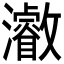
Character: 𱪐